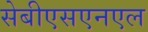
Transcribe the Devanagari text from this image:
सेबीएसएनएल